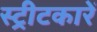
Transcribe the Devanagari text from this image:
स्ट्रीटकारें